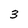
Character: 3